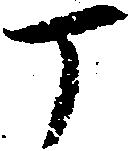
丁